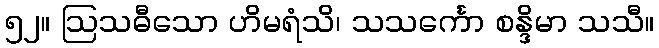
၅၂။ ဩသဓီသော ဟိမရံသိ၊ သသင်္ကော စန္ဒိမာ သသီ။